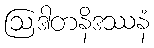
ဩဒါတနိဒဿနံ